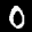
Label: 0